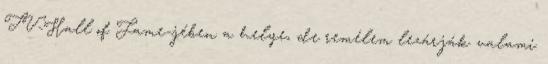
TV-Hall of Fame-jében a helye, de remélem lezárják valami